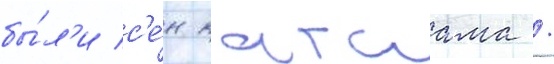
бы́л'и с'е́н катаама /